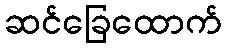
ဆင်ခြေထောက်